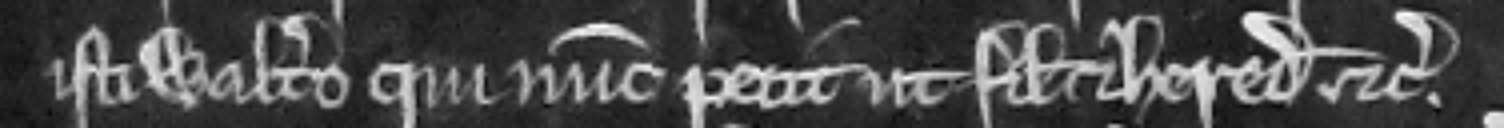
isti Waltero qui nunc petit ut filio et heredi etc.